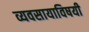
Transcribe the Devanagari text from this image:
व्यवसायाविषयी